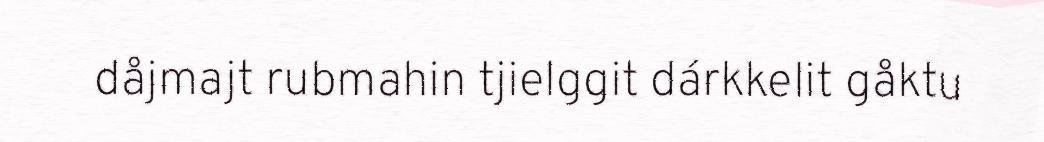
dåjmajt rubmahin tjielggit dárkkelit gåktu